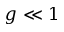
g \ll 1